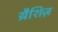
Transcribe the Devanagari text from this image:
थ्रैशिज़